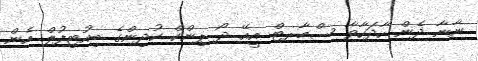
ނާނާ ދެން ހާދަހާވާ ސްމާރޓް އީއޭ ދޯ ޕިންކް ކުދިންގެ ބިއުޓިފުލް އެން